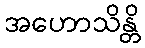
အဟောသိန္တိ